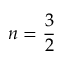
n = \frac 3 2